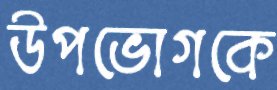
উপভোগকে